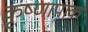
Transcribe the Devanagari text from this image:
कृष्णापाक